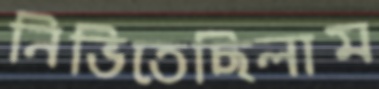
নিভিতেছিলাম